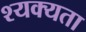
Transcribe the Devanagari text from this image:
श्यक्यता